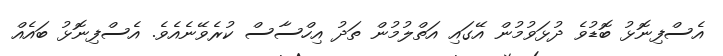
އެސްފިނޮޅު ބޮޑުވެ ދުޅަވުމުން އޭގައި އަތްލުމުން ތަދު އިހްސާސް ކުރެވޭނެއެވެ. އެސްފިނޮޅު ބައެއް